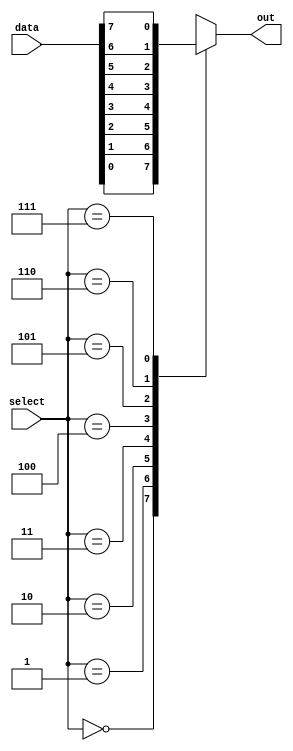
module mux8to1(input [7:0] data,
                input [2:0] select,
                output reg out);

always @(*) begin
    case(select)
        3'b000: out = data[0];
        3'b001: out = data[1];
        3'b010: out = data[2];
        3'b011: out = data[3];
        3'b100: out = data[4];
        3'b101: out = data[5];
        3'b110: out = data[6];
        3'b111: out = data[7];
        default: out = 0;
    endcase
end

endmodule